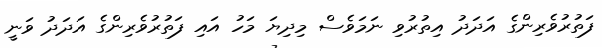
ފަތުރުވެރިންގެ އަދަދު އިތުރުވި ނަމަވެސް މިދިޔަ މަހު އައި ފަތުރުވެރިންގެ އަދަދު ވަނީ